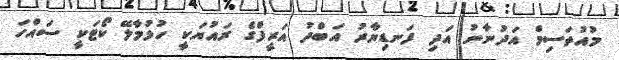
މުއުތަސިމް އަދުނާނު އަދި ފަނޑިޔާރު އަބްދު އަރީފްގެ ރައުޔަކީ ހުޅުމާލޭ ކޯޓަކީ ސައްހަ